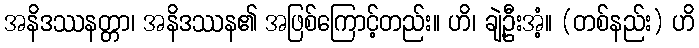
အနိဒဿနတ္တာ၊ အနိဒဿန၏ အဖြစ်ကြောင့်တည်း။ ဟိ၊ ချဲ့ဦးအံ့။ (တစ်နည်း) ဟိ